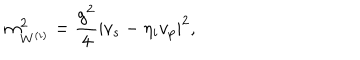
m _ { W ^ { ( i ) } } ^ { 2 } = \frac { g ^ { 2 } } { 4 } | v _ { s } - \eta _ { i } v _ { p } | ^ { 2 } ,